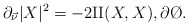
\begin{align*}\partial_{\vec \nu} |X|^{2} &= -2\mathrm{II}(X,X),\partial \O.\end{align*}